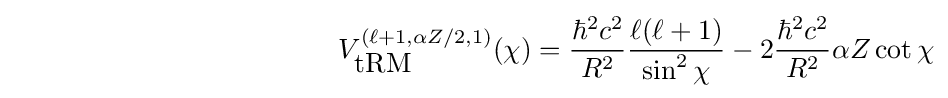
\qquad \qquad \qquad \qquad \qquad \quad \;\;\,V_{\mbox{tRM}}^{(\ell +1,\alpha Z/2,1)}(\chi )={\frac {\hbar ^{2}c^{2}}{R^{2}}}{\frac {\ell (\ell +1)}{\sin ^{2}\chi }}-2{\frac {\hbar ^{2}c^{2}}{R^{2}}}\alpha Z\cot \chi